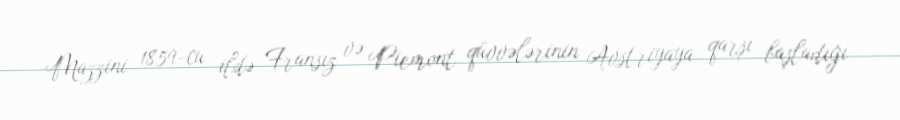
Mazzini 1859-cu ildə Fransız və Piemont qüvvələrinin Avstriyaya qarşı başladığı